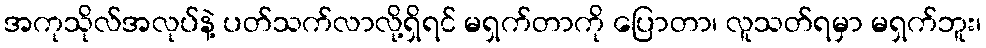
အကုသိုလ်အလုပ်နဲ့ ပတ်သက်လာလို့ရှိရင် မရှက်တာကို ပြောတာ၊ လူသတ်ရမှာ မရှက်ဘူး၊